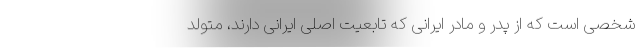
شخصی است که از پدر و مادر ایرانی که تابعیت اصلی ایرانی دارند، متولد